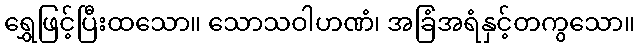
ရွှေဖြင့်ပြီးထသော။ သောသဝါဟဏံ၊ အခြံအရံနှင့်တကွသော။